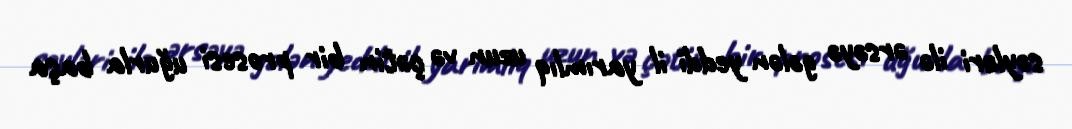
səyləri ilə ərsəyə gələn yeddi il yarımlıq uzun və çətin bir prosesi uğurla başa